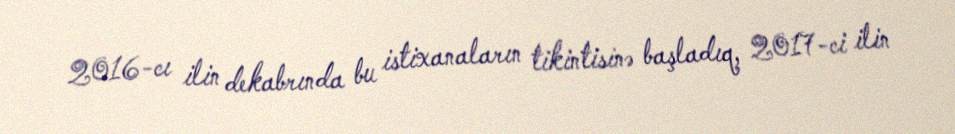
2016-cı ilin dekabrında bu istixanaların tikintisinə başladıq, 2017-ci ilin